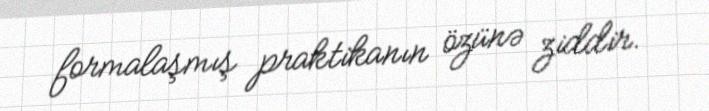
formalaşmış praktikanın özünə ziddir.